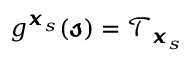
\begin{array} { r } { g ^ { \pmb { x } _ { s } } ( \pmb { \mathscr { s } } ) = \mathcal { T } _ { \pmb { x } _ { s } } } \end{array}